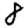
Digit: 8